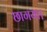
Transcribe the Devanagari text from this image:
छागया।